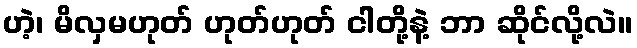
ဟဲ့၊ မိလှမဟုတ် ဟုတ်ဟုတ် ငါတို့နဲ့ ဘာ ဆိုင်လို့လဲ။